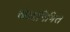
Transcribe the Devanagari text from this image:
खेळांनिमित्त